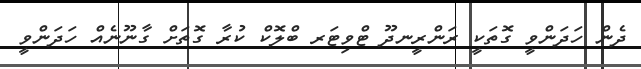
ދެން ހަދަންވީ ގޮތަކީ ރަންރީނދޫ ޓްވިޓަރ ބްލޮކް ކުރާ ގޮތަށް ގާނޫނެއް ހަދަންވީ